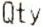
QTY